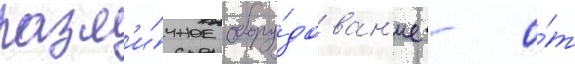
разл'и́чное обору́дован'ие - о́т